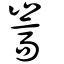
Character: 嵩